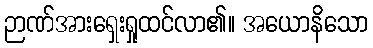
ဉာဏ်အားရှေးရှုထင်လာ၏။ အယောနိသော